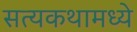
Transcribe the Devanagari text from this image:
सत्यकथामध्ये